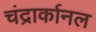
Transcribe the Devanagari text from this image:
चंद्रार्कानल